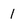
Character: 1